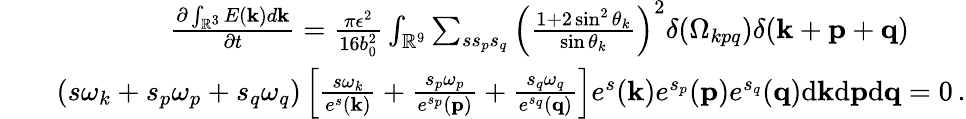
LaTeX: \begin{array}{rlr}&{}&{\frac{\partial\int_{{\mathbb{R}}^{3}}E({\mathbf k})d{\mathbf k}}{\partial t}=\frac{\pi\epsilon^{2}}{16b_{0}^{2}}\int_{{\mathbb{R}}^{9}}\sum_{ss_{p}s_{q}}\left(\frac{1+2\sin^{2}\theta_{k}}{\sin\theta_{k}}\right)^{2}\delta(\Omega_{kpq})\delta({\mathbf k}+{\mathbf p}+{\mathbf q})\quad\quad}\\ &{}&{(s\omega_{k}+s_{p}\omega_{p}+s_{q}\omega_{q})\left[\frac{s\omega_{k}}{e^{s}({\mathbf k})}+\frac{s_{p}\omega_{p}}{e^{s_{p}}({\mathbf p})}+\frac{s_{q}\omega_{q}}{e^{s_{q}}({\mathbf q})}\right]e^{s}({\mathbf k})e^{s_{p}}({\mathbf p})e^{s_{q}}({\mathbf q})\mathrm{d}{\mathbf k}\mathrm{d}{\mathbf p}\mathrm{d}{\mathbf q}=0\, .}\end{array}